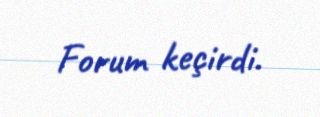
Forum keçirdi.